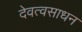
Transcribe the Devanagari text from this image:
देवत्वसाधन